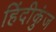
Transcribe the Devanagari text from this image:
हिंदीकुंज